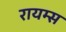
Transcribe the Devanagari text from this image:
रायम्स